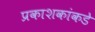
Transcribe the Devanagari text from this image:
प्रकाशकांकडे